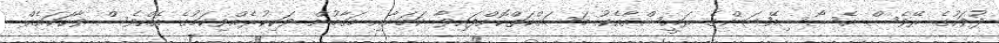
ދުވަހުގެ ރޭވެސް އެސޯސިއޭޝަންގެ ރައީސްއާއެކު މަސައްކަތްކޮށްފައިވާ ކަމަށާއި މަގާމުން ވަކިކުރެއްވިކަމުގެ އެއްވެސް ވާހަކައެއް